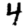
Digit: 4